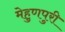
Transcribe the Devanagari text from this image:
मेहुणपुरी